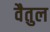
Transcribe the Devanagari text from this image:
वैतुल